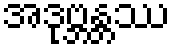
အဒုဗ္ဘန္တဿ